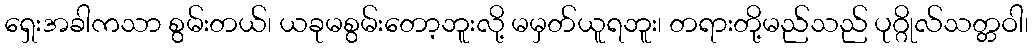
ရှေးအခါကသာ စွမ်းတယ်၊ ယခုမစွမ်းတော့ဘူးလို့ မမှတ်ယူရဘူး၊ တရားတို့မည်သည် ပုဂ္ဂိုလ်သတ္တဝါ၊